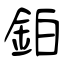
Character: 鉑